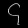
Digit: ၄